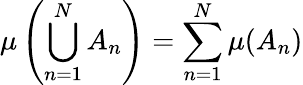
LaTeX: \mu\left(\bigcup_{n=1}^{N}A_{n}\right)=\sum_{n=1}^{N}\mu(A_{n})